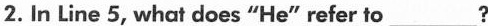
2.In Line 5, what does "He" refer to___?